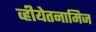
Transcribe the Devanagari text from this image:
व्हीयेतनामिज